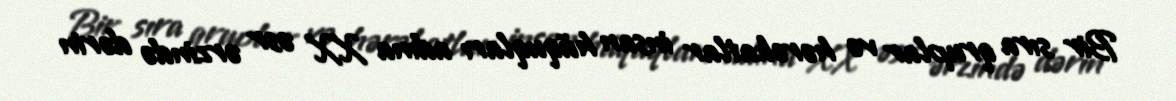
Bir sıra qruplar və hərəkatlar insan hüquqları adına XX əsr ərzində dərin